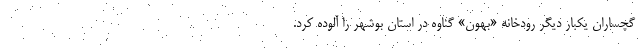
گچساران یکبار دیگر رودخانه «بهون‌» گناوه در استان بوشهر را آلوده کرد.